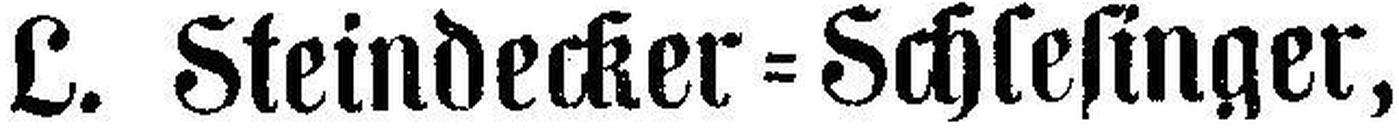
L. Steindecker=Schlesinger,